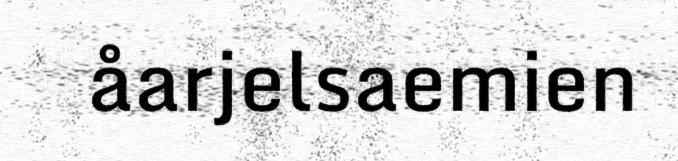
åarjelsaemien